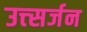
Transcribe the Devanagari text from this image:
उत्त्सर्जन